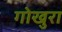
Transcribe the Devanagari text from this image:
गोखुरा